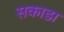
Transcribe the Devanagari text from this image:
सकाडा